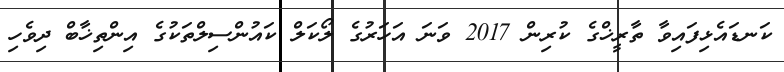
ކަނޑައެޅިފައިވާ ތާރީޚްގެ ކުރިން 2017 ވަނަ އަހަރުގެ ލޯކަލް ކައުންސިލްތަކުގެ އިންތިޚާބް ދިވެހި